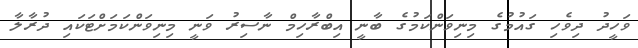
ވަހީދު ދިވެހި ގައުމުގެ މިނިވަންކަމުގެ ބާނީ އިބްރާހިމް ނާސިރު ވަނީ މިނިވަންކަމަށްޓަކައި ދުރާލާ